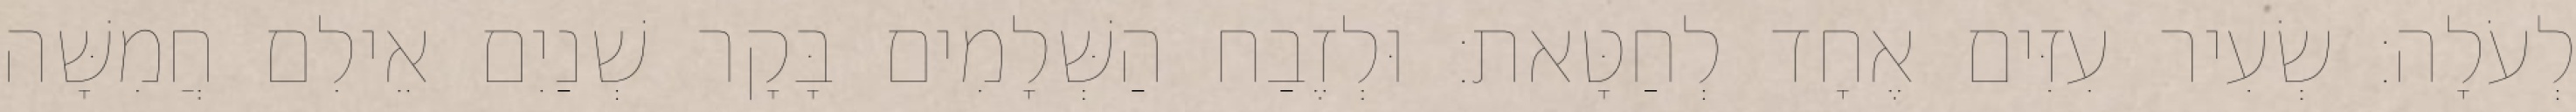
לְעֹלָה׃ שְׂעִיר עִזִּים אֶחָד לְחַטָּאת׃ וּלְזֶבַח הַשְּׁלָמִים בָּקָר שְׁנַיִם אֵילִם חֲמִשָּׁה